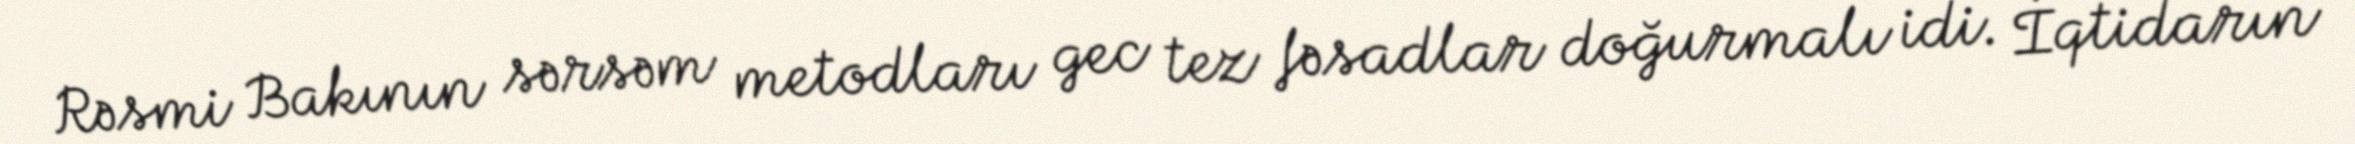
Rəsmi Bakının sərsəm metodları gec tez fəsadlar doğurmalı idi. İqtidarın